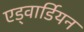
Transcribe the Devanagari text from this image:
एड्वार्डियन